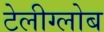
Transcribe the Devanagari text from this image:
टेलीग्लोब